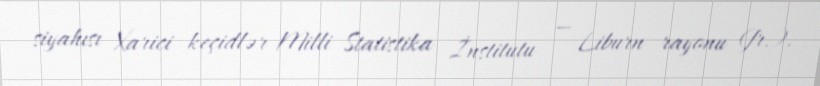
siyahısı Xarici keçidlər Milli Statistika İnstitutu — Liburn rayonu (fr.).